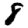
Digit: 8